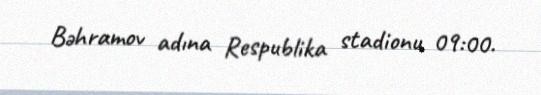
Bəhramov adına Respublika stadionu 09:00.